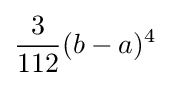
{3 \over 112}(b-a)^{4}